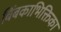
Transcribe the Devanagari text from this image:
बिंबकाभिक्तिका